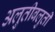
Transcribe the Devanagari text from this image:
अलुतीबलुती